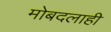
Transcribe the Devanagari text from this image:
मोबदलाही